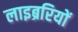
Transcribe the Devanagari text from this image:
लाइब्ररियों